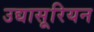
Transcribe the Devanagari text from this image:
उद्यासूरियन